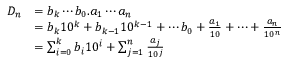
{ \begin{array} { r l } { D _ { n } } & { = b _ { k } \cdots b _ { 0 } . a _ { 1 } \cdots a _ { n } } \\ & { = b _ { k } 1 0 ^ { k } + b _ { k - 1 } 1 0 ^ { k - 1 } + \cdots b _ { 0 } + { \frac { a _ { 1 } } { 1 0 } } + \cdots + { \frac { a _ { n } } { 1 0 ^ { n } } } } \\ & { = \sum _ { i = 0 } ^ { k } b _ { i } 1 0 ^ { i } + \sum _ { j = 1 } ^ { n } { \frac { a _ { j } } { 1 0 ^ { j } } } } \end{array} }